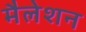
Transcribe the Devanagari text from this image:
मैलेशन